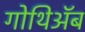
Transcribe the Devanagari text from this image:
गोथिॲब